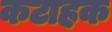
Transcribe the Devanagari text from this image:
कटाहक